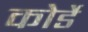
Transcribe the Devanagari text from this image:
कोर्डे